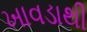
ખાવડાથી